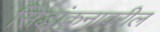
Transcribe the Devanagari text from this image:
सिद्धांकनावरील